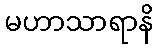
မဟာသာရာနိ